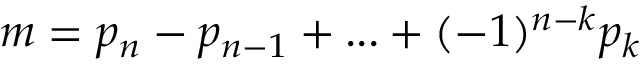
m = p _ { n } - p _ { n - 1 } + . . . + ( - 1 ) ^ { n - k } p _ { k }